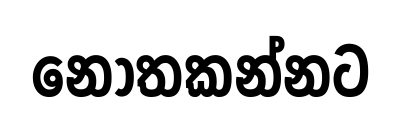
නොතකන්නට